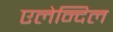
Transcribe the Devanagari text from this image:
एलेन्दिल